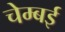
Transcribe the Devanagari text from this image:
चेम्बई